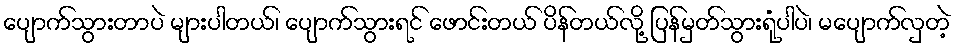
ပျောက်သွားတာပဲ များပါတယ်၊ ပျောက်သွားရင် ဖောင်းတယ် ပိန်တယ်လို့ ပြန်မှတ်သွားရုံပါပဲ၊ မပျောက်လှတဲ့